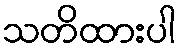
သတိထားပါ